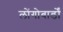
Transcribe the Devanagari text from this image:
लोंगोबार्डों